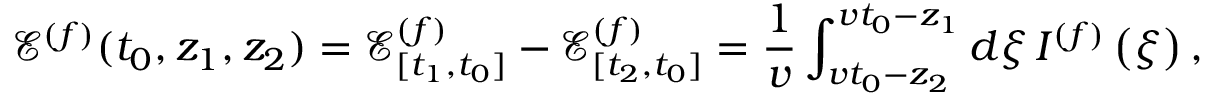
\mathcal { E } ^ { ( f ) } ( t _ { 0 } , z _ { 1 } , z _ { 2 } ) = \mathcal { E } _ { [ t _ { 1 } , t _ { 0 } ] } ^ { ( f ) } - \mathcal { E } _ { [ t _ { 2 } , t _ { 0 } ] } ^ { ( f ) } = \frac { 1 } { v } \int _ { v t _ { 0 } - z _ { 2 } } ^ { v t _ { 0 } - z _ { 1 } } d \xi \, I ^ { ( f ) } \left( \xi \right) ,